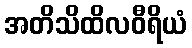
အတိသိထိလဝီရိယံ